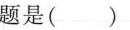
题是( )